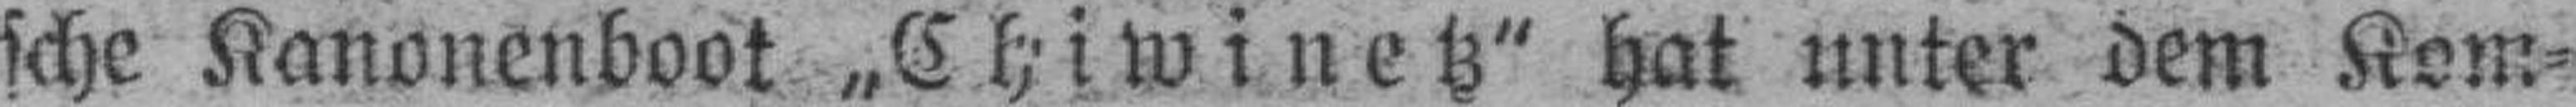
sche Kanonenboot „Chiwinetz" hat unter dem Kom¬